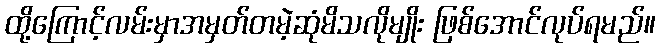
ထို့ကြောင့်လမ်းမှာအမှတ်တမဲ့ဆုံမိသလိုမျိုး ဖြစ်အောင်လုပ်ရမည်။